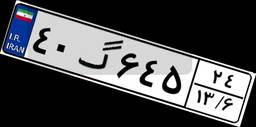
۴۰گ۶۴۵۲۴